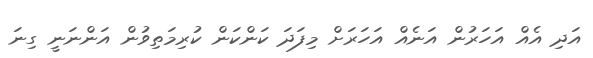
އަދި އެއް އަހަރުން އަނެއް އަހަރަށް މިފަދަ ކަންކަން ކުރިމަތިވުން އަންނަނީ ގިނަ